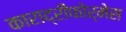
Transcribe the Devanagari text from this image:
काराद्रीफोर्मेस